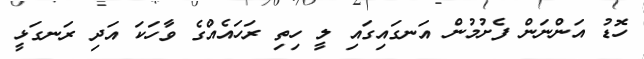
ހޮޑު އަންނަން ފެށުމުން އަނގައިގައި ލީ ހިތި ރަހައެއްގެ ވާހަކަ އަދި ރަނގަޅީ